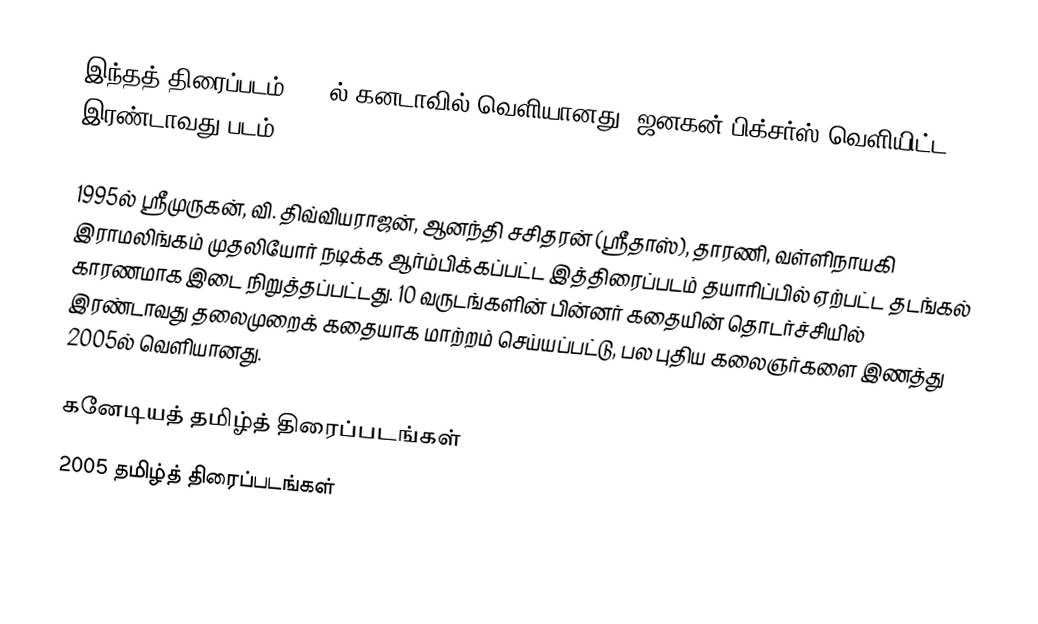
இந்தத் திரைப்படம் 2005ல் கனடாவில் வெளியானது. ஜனகன் பிக்சர்ஸ் வெளியிட்ட இரண்டாவது படம்.

1995ல் ஸ்ரீமுருகன், வி. திவ்வியராஜன், ஆனந்தி சசிதரன் (ஸ்ரீதாஸ்), தாரணி,  வள்ளிநாயகி இராமலிங்கம் முதலியோர் நடிக்க ஆர்ம்பிக்கப்பட்ட இத்திரைப்படம் தயாரிப்பில் ஏற்பட்ட தடங்கல் காரணமாக இடை நிறுத்தப்பட்டது. 10 வருடங்களின் பின்னர் கதையின் தொடர்ச்சியில் இரண்டாவது தலைமுறைக் கதையாக மாற்றம் செய்யப்பட்டு, பல புதிய கலைஞர்களை இணத்து 2005ல் வெளியானது.

கனேடியத் தமிழ்த் திரைப்படங்கள்
2005 தமிழ்த் திரைப்படங்கள்